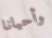
وأحيانا